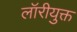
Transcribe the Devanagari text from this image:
लॉरीयुक्त